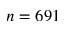
n = 6 9 1